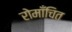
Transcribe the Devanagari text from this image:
रोमाँचित